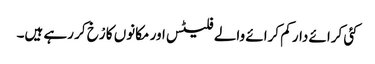
کئی کرائے دار کم کرائے والے فلیٹس اور مکانوں کا رْخ کر رہے ہیں۔